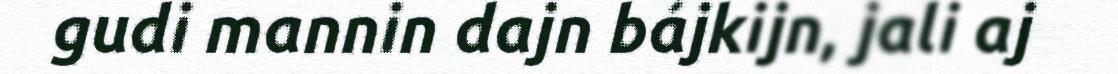
gudi mannin dajn bájkijn, jali aj